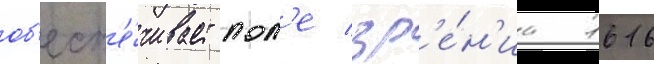
об'есп'е́чивает пол'е зр'е́н'иа 1616